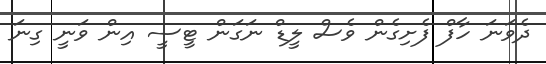
ދެވަނަ ހާފް ފެށިގެން ވެސް ލީޑް ނަގަން ޓީސީ އިން ވަނީ ގިނަ